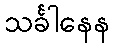
သင်္ခါနေန